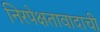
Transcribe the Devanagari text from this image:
निरपेक्षतावादाची